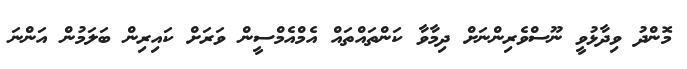
މޮންދު ވިދާޅުވީ ނޫސްވެރިންނަށް ދިމާވާ ކަންތައްތައް އެމްއެމްސީން ވަރަށް ކައިރިން ބަލަމުން އަންނަ